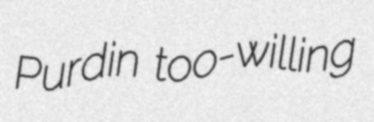
Purdin too-willing